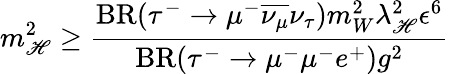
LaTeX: m_{\mathscr{H}}^{2}\geq\frac{{\mathrm{{BR}}(\tau^{-}\rightarrow\mu^{-}\overline{{{{\nu_{\mu}}}}}\nu_{\tau})m_{W}^{2}\lambda_{\mathscr{H}}^{2}\epsilon^{6}}}{{\mathrm{{BR}}(\tau^{-}\rightarrow\mu^{-}\mu^{-}e^{+})g^{2}}}